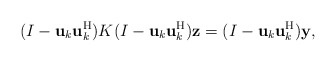
\begin{align*}(I-{\bf u}_k{\bf u}_k^{\rm H})K(I-{\bf u}_k{\bf u}_k^{\rm H}){\bf z}=(I-{\bf u}_k{\bf u}_k^{\rm H}){\bf y},\end{align*}